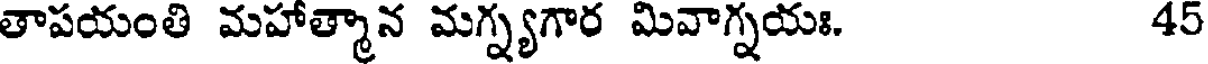
తాపయంతి మహాత్మాన మగ్న్యగార మివాగ్నయః. 45